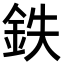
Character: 鉄